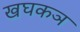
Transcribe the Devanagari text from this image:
खघकञ